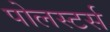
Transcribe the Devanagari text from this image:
पोलस्टर्स